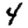
Digit: 4